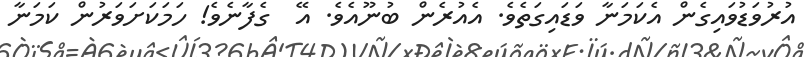
އުރުވަޑުވައިގެން އެކަމަނާ ވަޑައިގަތެވެ. އެއުރެން ބުނޫއެވެ. އޭ  ގެފާނެވެ! ހަމަކަށަވަރުން ކަމަނާ